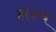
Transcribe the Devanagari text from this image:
होऊंच